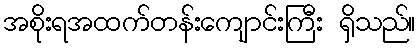
အစိုးရအထက်တန်းကျောင်းကြီး ရှိသည်။